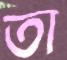
তা